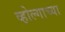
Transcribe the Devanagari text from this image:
व्होल्गाच्या